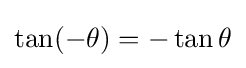
\tan(-\theta )=-\tan \theta